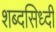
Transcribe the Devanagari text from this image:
शब्दसिध्दी